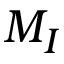
M _ { I }